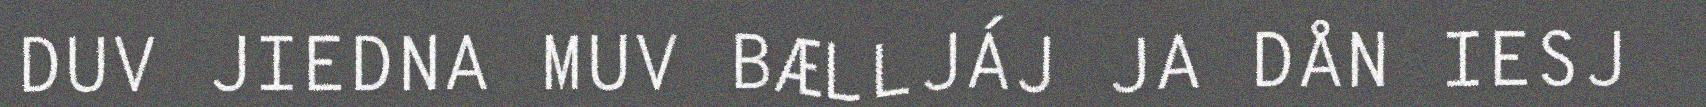
DUV JIEDNA MUV BÆLLJÁJ JA DÅN IESJ